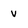
Character: v